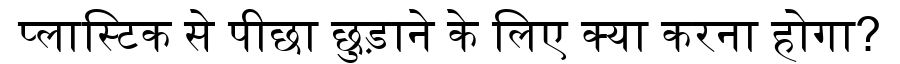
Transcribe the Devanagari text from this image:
प्लास्टिक से पीछा छुड़ाने के लिए क्या करना होगा?